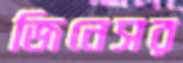
জিনেসর